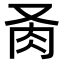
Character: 𦘬